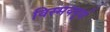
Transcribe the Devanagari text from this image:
विस्मयपूर्ण